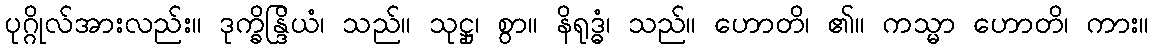
ပုဂ္ဂိုလ်အားလည်း။ ဒုက္ခိန္ဒြိယံ၊ သည်။ သုဋ္ဌု၊ စွာ။ နိရုဒ္ဓံ၊ သည်။ ဟောတိ၊ ၏။ ကသ္မာ ဟောတိ၊ ကား။